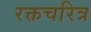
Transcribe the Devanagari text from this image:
रक्तचरित्र